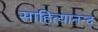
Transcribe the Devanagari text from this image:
साहित्यानन्द